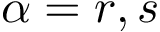
\alpha = r , s